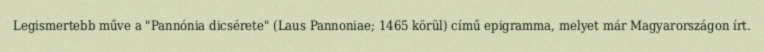
Legismertebb műve a "Pannónia dicsérete" (Laus Pannoniae; 1465 körül) című epigramma, melyet már Magyarországon írt.